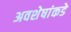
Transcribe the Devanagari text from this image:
अवशेषांकडे